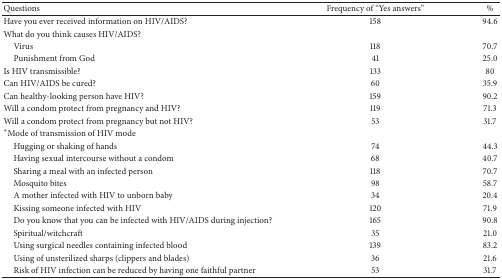
<table><thead><tr><td><b>Questions</b></td><td><b>Frequency of “Yes answers”</b></td><td><b>% </b></td></tr></thead><tbody><tr><td>Have you ever received information on HIV/AIDS?</td><td>158</td><td>94.6</td></tr><tr><td>What do you think causes HIV/AIDS?</td><td> </td><td> </td></tr><tr><td> Virus</td><td>118</td><td>70.7</td></tr><tr><td> Punishment from God</td><td>41</td><td>25.0</td></tr><tr><td>Is HIV transmissible?</td><td>133</td><td>80</td></tr><tr><td>Can HIV/AIDS be cured?</td><td>60</td><td>35.9</td></tr><tr><td>Can healthy-looking person have HIV?</td><td>159</td><td>90.2</td></tr><tr><td>Will a condom protect from pregnancy and HIV?</td><td>119</td><td>71.3</td></tr><tr><td>Will a condom protect from pregnancy but not HIV?</td><td>53</td><td>31.7</td></tr><tr><td>∗Mode of transmission of HIV mode </td><td> </td><td> </td></tr><tr><td> Hugging or shaking of hands</td><td>74</td><td>44.3</td></tr><tr><td> Having sexual intercourse without a condom</td><td>68</td><td>40.7</td></tr><tr><td> Sharing a meal with an infected person</td><td>118</td><td>70.7</td></tr><tr><td> Mosquito bites</td><td>98</td><td>58.7</td></tr><tr><td> A mother infected with HIV to unborn baby</td><td>34</td><td>20.4</td></tr><tr><td> Kissing someone infected with HIV</td><td>120</td><td>71.9</td></tr><tr><td> Do you know that you can be infected with HIV/AIDS during injection?</td><td>165</td><td>90.8</td></tr><tr><td> Spiritual/witchcraft</td><td>35</td><td>21.0</td></tr><tr><td> Using surgical needles containing infected blood</td><td>139</td><td>83.2</td></tr><tr><td> Using of unsterilized sharps (clippers and blades)</td><td>36</td><td>21.6</td></tr><tr><td> Risk of HIV infection can be reduced by having one faithful partner</td><td>53</td><td>31.7</td></tr></tbody></table>